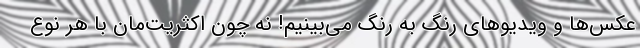
عکس‌ها و ویدیوهای رنگ به رنگ می‌بینیم! نه چون اکثریت‌مان با هر نوع